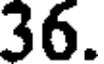
36.